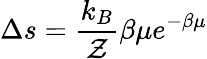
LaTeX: \Delta s=\frac{k_{B}}{\mathcal{Z}}\beta\mu e^{-\beta\mu}